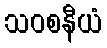
သဝစနီယံ